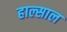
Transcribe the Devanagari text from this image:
हाल्साल